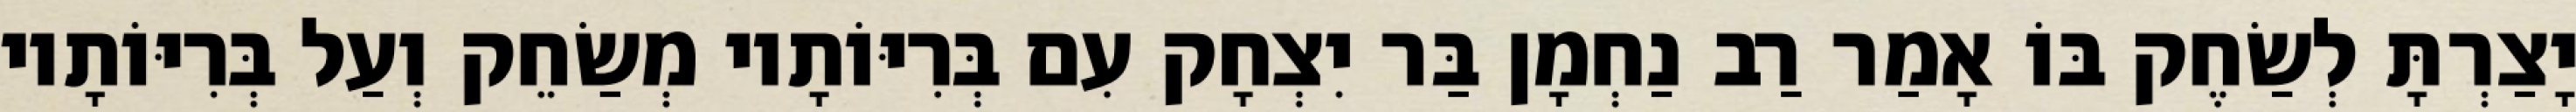
יָצַרְתָּ לְשַׂחֶק בּוֹ אָמַר רַב נַחְמָן בַּר יִצְחָק עִם בְּרִיּוֹתָיו מְשַׂחֵק וְעַל בְּרִיּוֹתָיו